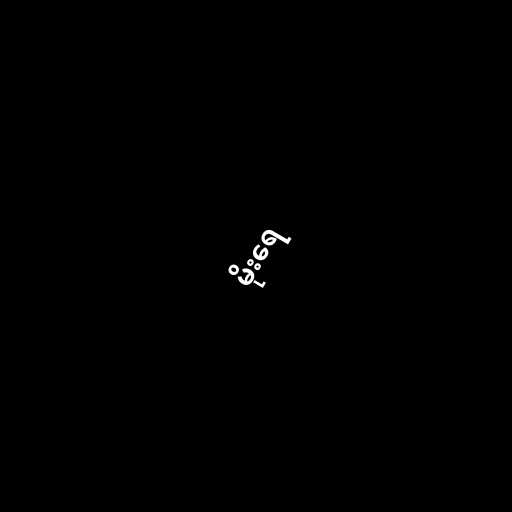
မိုးရေ